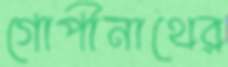
গোপীনাথের